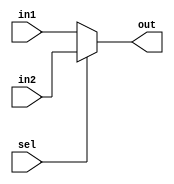
/*================================================================================================*
 * Linkedin  : https://www.linkedin.com/in/sherif-omar-23829b222/                                 *
 *================================================================================================*/

module Mux(
input wire [31:0] in1,in2,
output reg [31:0] out,
input wire sel
);

always @(*) 
begin
    if(sel==1'b0)
        out=in1;
    else
        out=in2;
end

endmodule